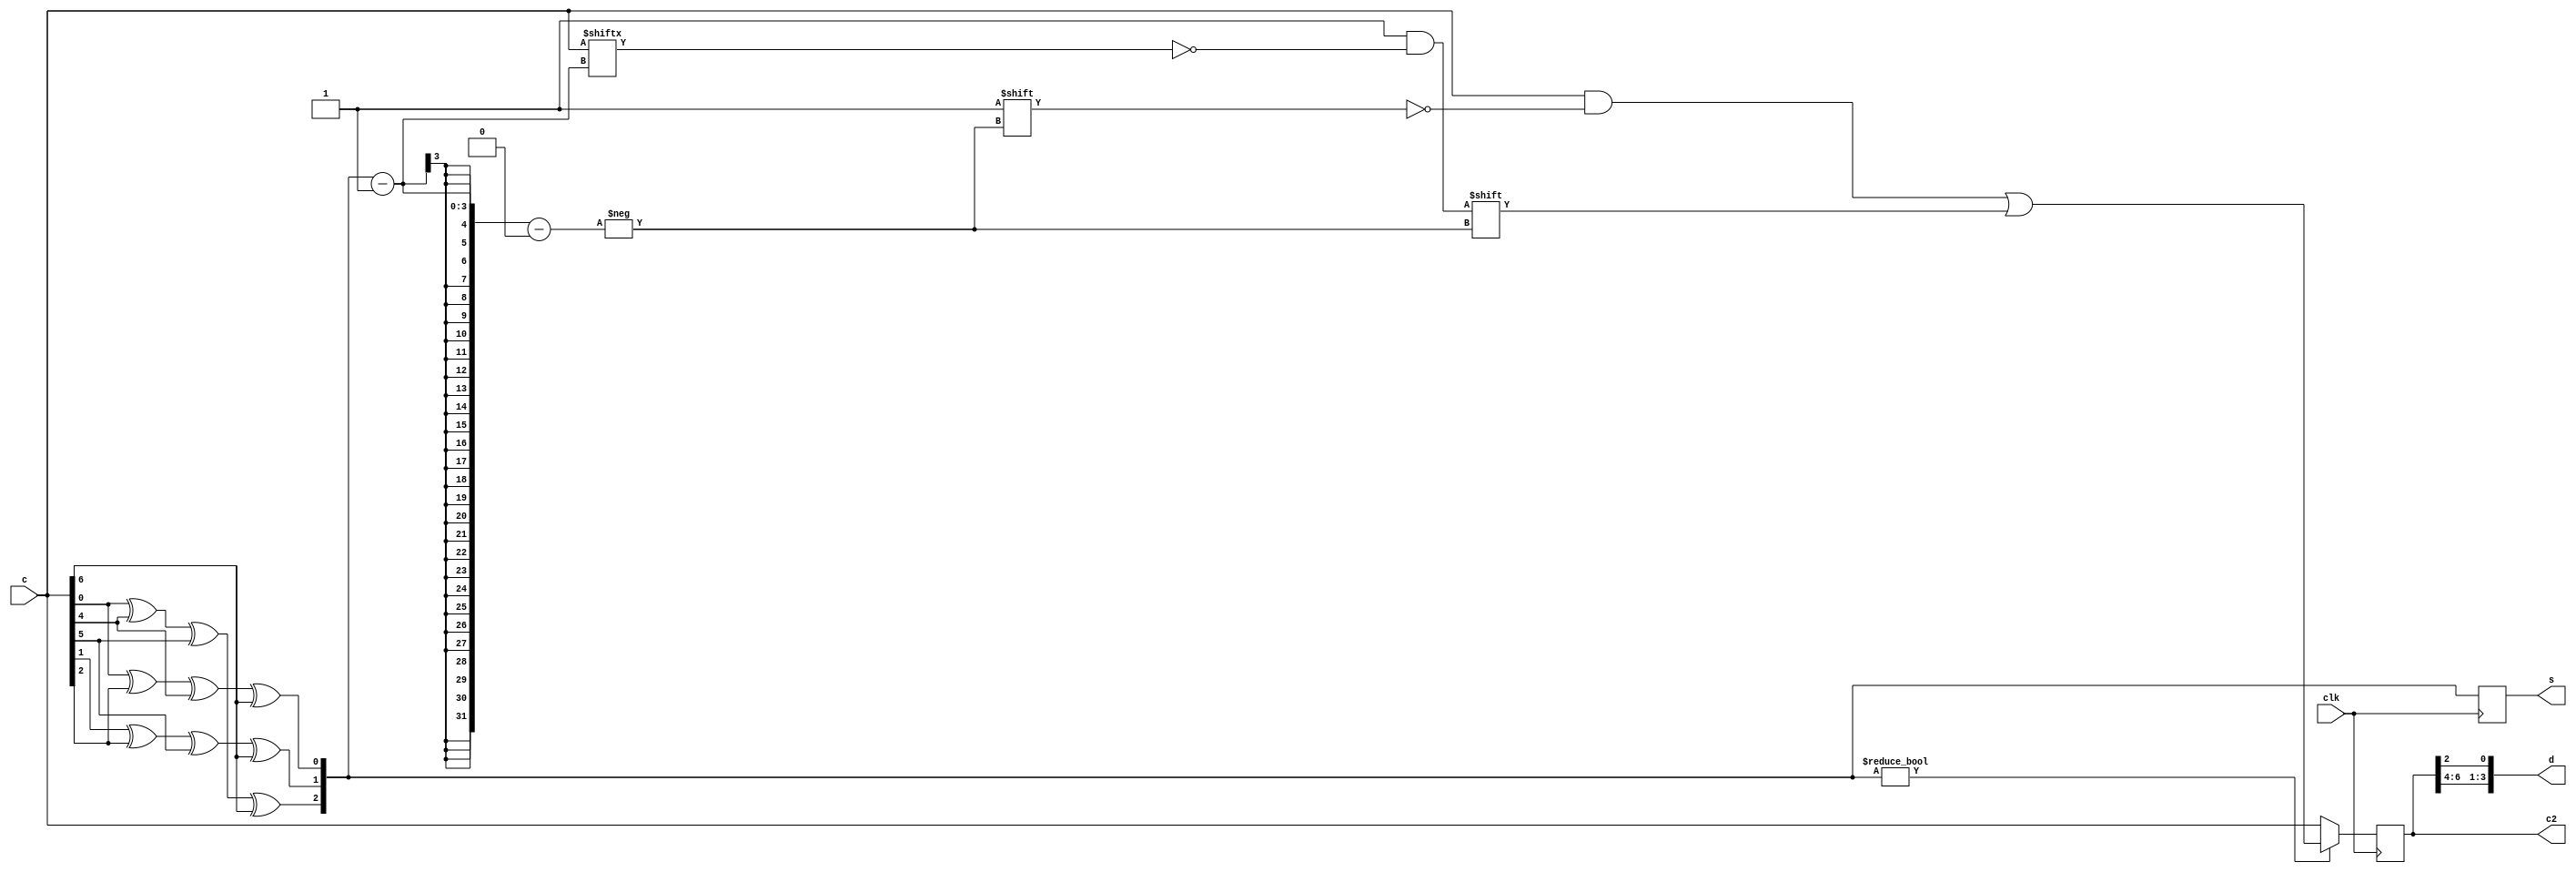
//design code for Hamming decoder
 module hamdec(c,clk,s,c2,d );
  input clk;
  input[6:0] c;
  output reg[2:0]s; 
  output reg[6:0] c2;
  output reg[3:0]d; 
  always@(posedge clk)
    begin 
      s[2]=c[0]^c[4]^c[5]^c[6];
      s[1]=c[1]^c[2]^c[5]^c[6];
      s[0]=c[0]^c[2]^c[4]^c[6]; 
      c2=c;
      if(s) 
        c2[s-1]=~c[s-1];
end 
always@(c2)
  begin
    d[0]=c2[2];
    d[1]=c2[4];
    d[2]=c2[5];
    d[3]=c2[6]; 
  end
endmodule
//test bench for hamming decoder
module test_decoder;
reg clk;
reg [6:0]c;
  wire [2:0] s;
  wire [6:0] c2;
  wire [3:0] d;
  hamdec uut (.c(c),
.clk(clk), .s(s) ,
 .c2(c2),
  .d(d)  );
initial begin
  $dumpfile("dump.vcd");
  $dumpvars(1);
clk = 0;
  c[6:0] = 7'b0000000;
#10;
  c[6:0]=7'b1010101;
#10;
  $finish;
end
always begin #1 clk=~clk; end
endmodule